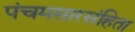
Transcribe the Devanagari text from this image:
पंचमसारसंहिता